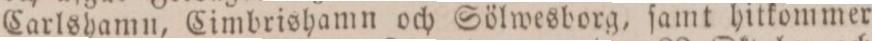
ſterwik och Stockholm Lördagsaftnarne den 26 September, 10